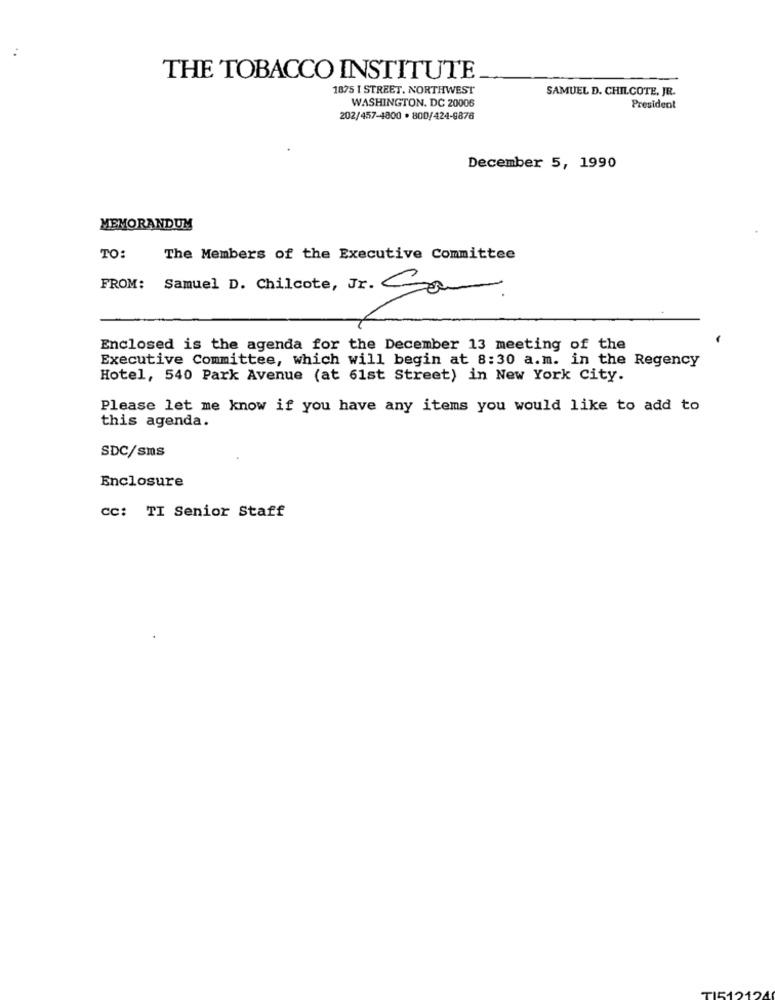
..
THE TOBACCO INSTITUTE
1875 I STREET. NORTHWEST
SAMUEL D. CHILCOTE, JE.
WASHINGTON, DC 20006
President
202/457-4800 · 800/424-9876
December 5, 1990
MEMORANDUM
TO:
The Members of the Executive Committee
FROM:
Samuel D. Chilcote, Jr. Com
-
Enclosed is the agenda for the December 13 meeting of the
Executive Committee, which will begin at 8:30 a.m. in the Regency
Hotel, 540 Park Avenue (at 61st Street) in New York City.
Please let me know if you have any items you would like to add to
this agenda.
SDC/sms
Enclosure
cc: TI Senior Staff